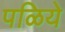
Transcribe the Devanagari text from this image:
पळिये